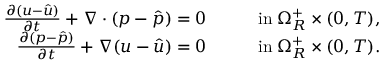
\begin{array} { r l r } { \frac { \partial ( u - \hat { u } ) } { \partial t } + \nabla \cdot ( p - \hat { p } ) = 0 \quad } & { } & { \mathrm { i n } \; \Omega _ { R } ^ { + } \times ( 0 , T ) , } \\ { \frac { \partial ( p - \hat { p } ) } { \partial t } + \nabla ( u - \hat { u } ) = 0 \quad } & { } & { \mathrm { i n } \; \Omega _ { R } ^ { + } \times ( 0 , T ) . } \end{array}